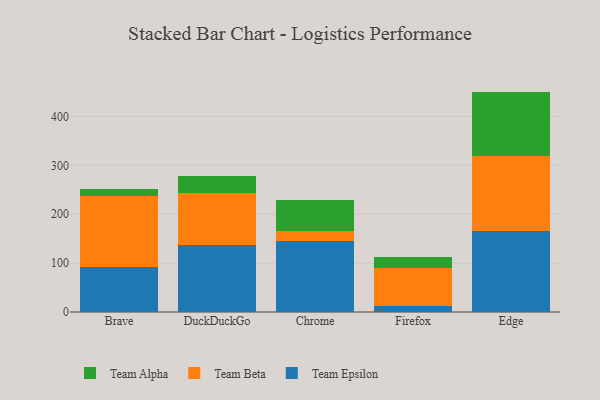
{"axis": {"x": "Browser", "y": "Active Users"}, "legend": ["Team Alpha", "Team Beta", "Team Epsilon"], "data": [{"x": "Brave", "y": 92.2, "type": "Team Epsilon"}, {"x": "Brave", "y": 145.9, "type": "Team Beta"}, {"x": "Brave", "y": 14.0, "type": "Team Alpha"}, {"x": "DuckDuckGo", "y": 137.1, "type": "Team Epsilon"}, {"x": "DuckDuckGo", "y": 106.8, "type": "Team Beta"}, {"x": "DuckDuckGo", "y": 34.7, "type": "Team Alpha"}, {"x": "Chrome", "y": 145.6, "type": "Team Epsilon"}, {"x": "Chrome", "y": 20.7, "type": "Team Beta"}, {"x": "Chrome", "y": 63.0, "type": "Team Alpha"}, {"x": "Firefox", "y": 12.5, "type": "Team Epsilon"}, {"x": "Firefox", "y": 76.7, "type": "Team Beta"}, {"x": "Firefox", "y": 22.7, "type": "Team Alpha"}, {"x": "Edge", "y": 166.4, "type": "Team Epsilon"}, {"x": "Edge", "y": 151.8, "type": "Team Beta"}, {"x": "Edge", "y": 132.6, "type": "Team Alpha"}]}